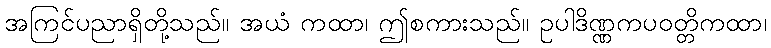
အကြင်ပညာရှိတို့သည်။ အယံ ကထာ၊ ဤစကားသည်။ ဥပါဒိဏ္ဏကပဝတ္တိကထာ၊